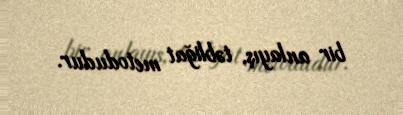
bir anlayış, təbliğat metodudur.